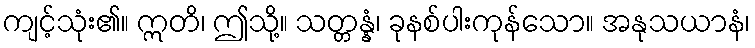
ကျင့်သုံး၏။ ဣတိ၊ ဤသို့။ သတ္တန္နံ၊ ခုနစ်ပါးကုန်သော။ အနုသယာနံ၊